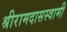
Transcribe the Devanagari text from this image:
श्रीरामदासस्वामी